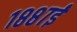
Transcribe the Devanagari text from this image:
१८८७ई